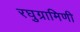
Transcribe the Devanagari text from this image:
रघुग्रामिणी